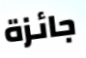
جائزة